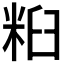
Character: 𱹀